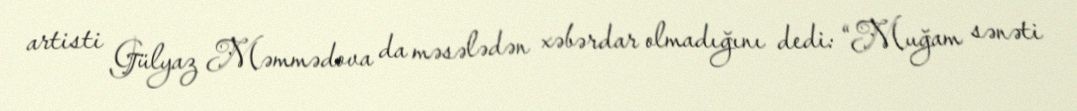
artisti Gülyaz Məmmədova da məsələdən xəbərdar olmadığını dedi: “Muğam sənəti